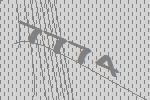
7774